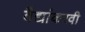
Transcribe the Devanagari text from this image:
वैद्यांकरवी